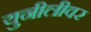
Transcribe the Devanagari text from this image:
युनीलीवर